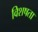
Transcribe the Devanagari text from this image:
विशषता